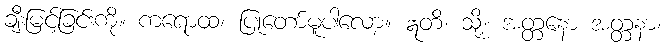
ချီးမြင့်ခြင်းကို။ ကရောထ၊ ပြုတော်မူပါလော့။ ဣတိ၊ သို့။ အတ္တနော အတ္တနာ၊